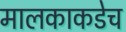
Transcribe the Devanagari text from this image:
मालकाकडेच